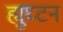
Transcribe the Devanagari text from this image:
ह्युघ्टन